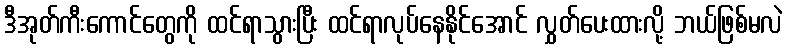
ဒီအုတ်ကီးကောင်တွေကို ထင်ရာသွားပြီး ထင်ရာလုပ်နေနိုင်အောင် လွှတ်ပေးထားလို့ ဘယ်ဖြစ်မလဲ